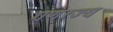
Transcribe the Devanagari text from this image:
गणरज्य